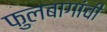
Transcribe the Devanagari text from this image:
फुलबागांची